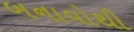
બનાવોથી